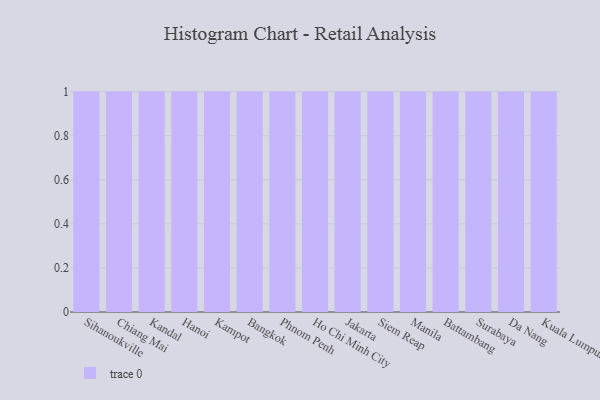
{"axis": {"x": "City", "y": "Conversion Rate (%)"}, "legend": [""], "data": [{"x": "Sihanoukville", "y": 75, "type": ""}, {"x": "Chiang Mai", "y": 61, "type": ""}, {"x": "Kandal", "y": 1, "type": ""}, {"x": "Hanoi", "y": 37, "type": ""}, {"x": "Kampot", "y": 80, "type": ""}, {"x": "Bangkok", "y": 51, "type": ""}, {"x": "Phnom Penh", "y": 96, "type": ""}, {"x": "Ho Chi Minh City", "y": 86, "type": ""}, {"x": "Jakarta", "y": 98, "type": ""}, {"x": "Siem Reap", "y": 71, "type": ""}, {"x": "Manila", "y": 3, "type": ""}, {"x": "Battambang", "y": 10, "type": ""}, {"x": "Surabaya", "y": 5, "type": ""}, {"x": "Da Nang", "y": 71, "type": ""}, {"x": "Kuala Lumpur", "y": 92, "type": ""}]}